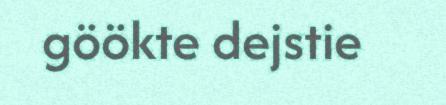
göökte dejstie